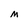
Character: M